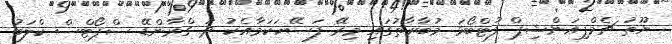
ޔޫތު ޗެމްޕިއަންޝިޕް ފުޓްބޯޅަ މުބާރާތުގައި މިރޭ ފަސޭހަކަމާއެކު ދަ ގްރާންޑޭ ސްޕޯޓްސް ކްލަބު